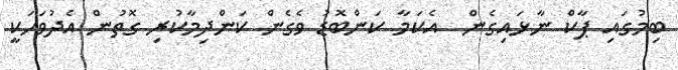
ބިމުގައި ޕާކް ނާޅައިގެން  އެކަމާ ކަންބޮޑު ވެގެން ކަންދިމާކުރި ގޮތުން އެދުވަހަކީ